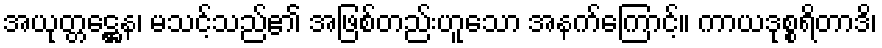
အယုတ္တဋ္ဌေန၊ မသင့်သည်၏ အဖြစ်တည်းဟူသော အနက်ကြောင့်။ ကာယဒုစ္စရိတာဒိ၊